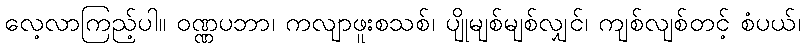
လေ့လာကြည့်ပါ။ ဝဏ္ဏပဘာ၊ ကလျာဖူးစသစ်၊ ပျိုမျစ်မျစ်လျှင်၊ ကျစ်လျစ်တင့် စံပယ်၊